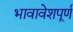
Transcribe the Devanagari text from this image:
भावावेशपूर्ण